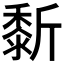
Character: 𪏴